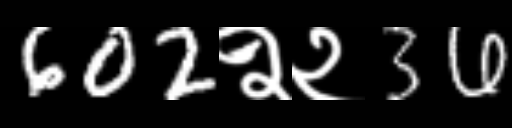
Text: 602२२36